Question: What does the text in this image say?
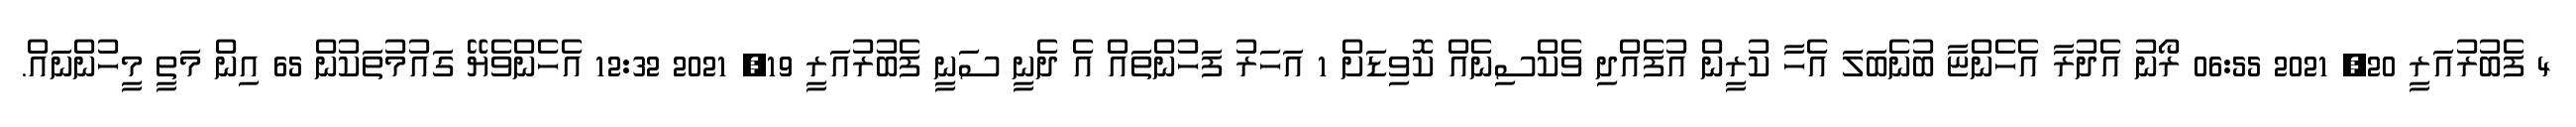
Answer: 4 ފެބުރުއަރީ 20, 2021 06:55 ރޯނު އެދުރާ އެހެންޏާ ބުނެބަލަ އެހާ ކުރީން އުފެއްދި ވެކްސިނެއް ކޮވިޑަށް 1 އަހަރު ފަހުންތައް އެ ދެނީ ސަނީ ފެބުރުއަރީ 19, 2021 12:32 އެހެންވެޔޭ ގައުމުތަކުން 65 އިން މަތީ މީހުންނައް.